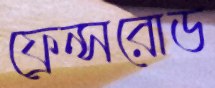
ফ্রেন্সরোড